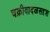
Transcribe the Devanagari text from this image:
चक्रीवादळसदृश